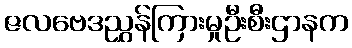
ဇလဗေဒညွှန်ကြားမှုဦးစီးဌာနက